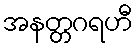
အနတ္တဂရဟီ